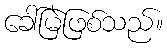
ခေါ်မြဲဖြစ်သည်။